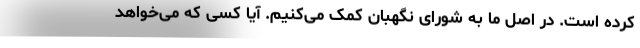
کرده است. در اصل ما به شورای نگهبان کمک می‌کنیم. آیا کسی که می‌خواهد